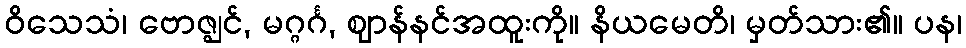
ဝိသေသံ၊ ဗောဇ္ဈင်, မဂ္ဂင်္ဂ, ဈာန်နင်အထူးကို။ နိယမေတိ၊ မှတ်သား၏။ ပန၊